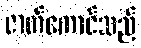
ဇာတ်ကောင်သည်